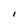
Character: l